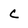
Character: C